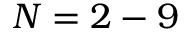
N = 2 - 9